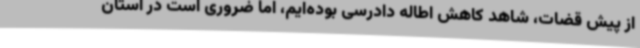
از پیش قضات، شاهد کاهش اطاله دادرسی بوده‌ایم، اما ضروری است در استان